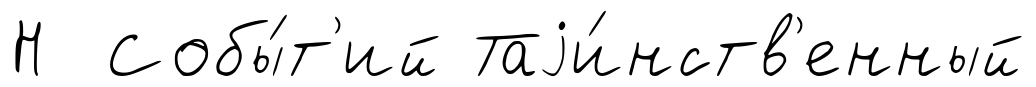
Н Собы́т'ий Таjи́нств'енный